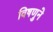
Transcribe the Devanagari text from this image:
विषणुने